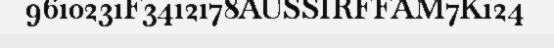
9610231F3412178AUSSIRFFAM7K124